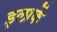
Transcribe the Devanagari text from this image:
इलाकें